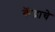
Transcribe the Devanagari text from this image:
कॆंद्राचे